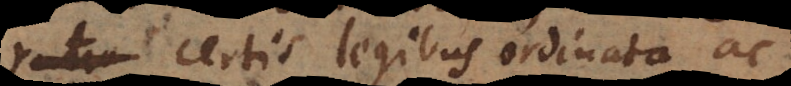
certis legibus ordinata ac